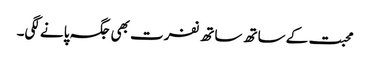
محبت کے ساتھ ساتھ نفرت بھی جگہ پانے لگی۔